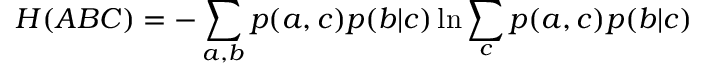
H ( A B C ) = - \sum _ { a , b } p ( a , c ) p ( b | c ) \ln \sum _ { c } p ( a , c ) p ( b | c )